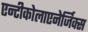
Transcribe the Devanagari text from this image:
एन्टीकोलाएनेर्जिक्स